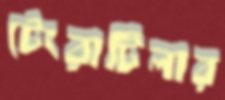
টেংরাটিলার